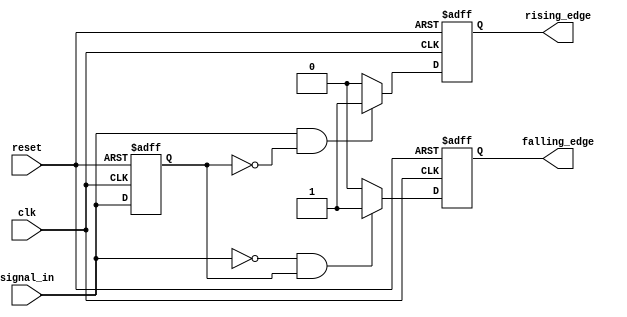
module dual_edge_detector (
    input wire clk,          // Clock input
    input wire reset,        // Asynchronous reset
    input wire signal_in,    // Input signal to detect edges
    output reg rising_edge,  // Rising edge output flag
    output reg falling_edge  // Falling edge output flag
);

    reg signal_in_prev;      // Previous state of the input signal

    // Asynchronous reset and state update
    always @(posedge clk or posedge reset) begin
        if (reset) begin
            signal_in_prev <= 1'b0; // Initialize previous state to 0
            rising_edge <= 1'b0;     // Clear rising edge flag
            falling_edge <= 1'b0;    // Clear falling edge flag
        end else begin
            // Detect rising edge
            if (signal_in == 1'b1 && signal_in_prev == 1'b0) begin
                rising_edge <= 1'b1;   // Set rising edge flag
            end else begin
                rising_edge <= 1'b0;   // Clear rising edge flag
            end

            // Detect falling edge
            if (signal_in == 1'b0 && signal_in_prev == 1'b1) begin
                falling_edge <= 1'b1;   // Set falling edge flag
            end else begin
                falling_edge <= 1'b0;   // Clear falling edge flag
            end

            // Update previous state
            signal_in_prev <= signal_in; // Store current state for next clock
        end
    end

endmodule